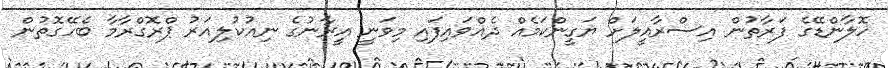
ހޮލާންޑޭގެ ފަރާތުން އިސްރާއީލަށް ޔަގީންކަމެއް ދެއްވައިފައި މިވަނީ އީރާނުގެ ނިއުކުލިއަރު ޕްރޮގްރާމާ ބެހޭގޮތުން